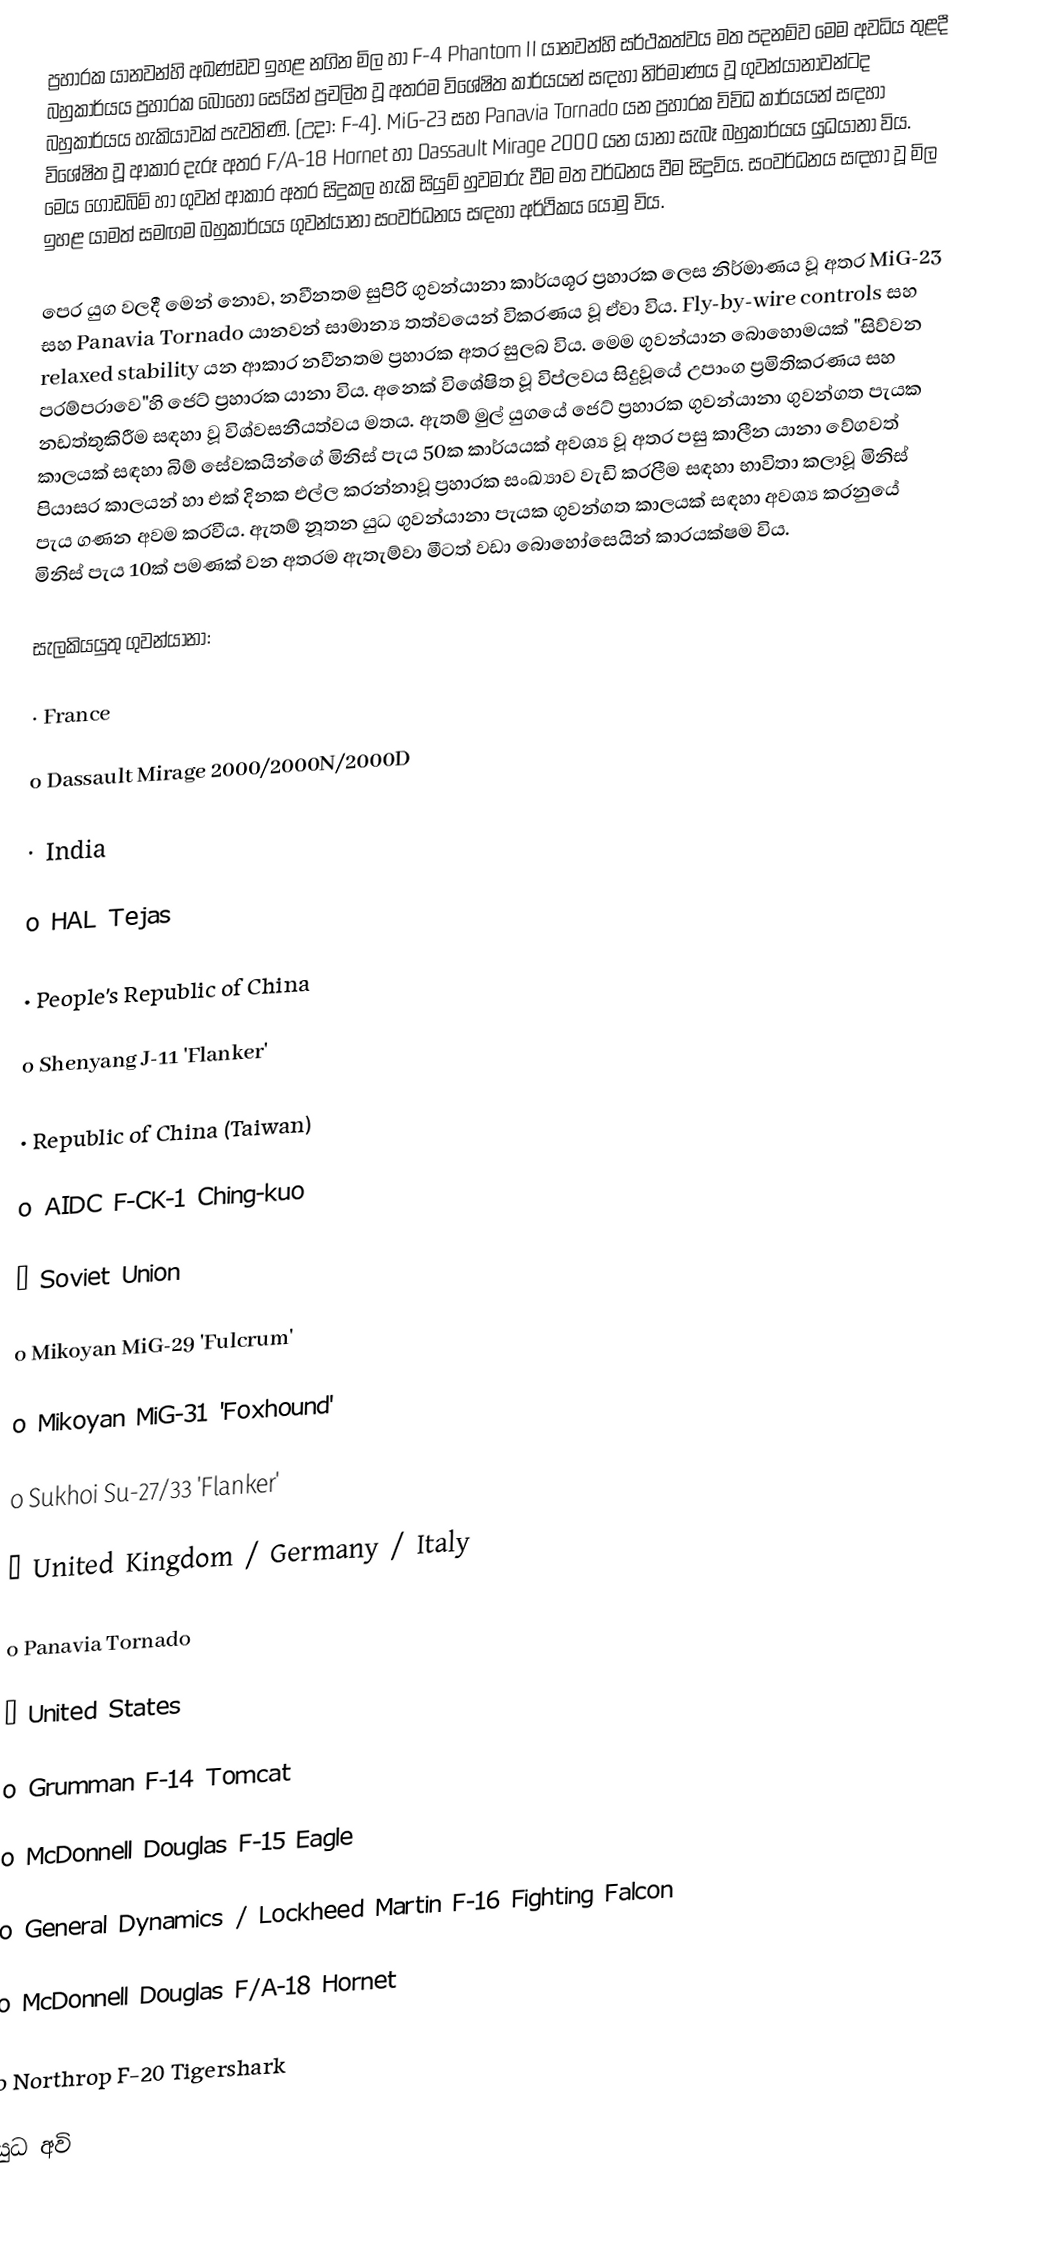
ප්‍රහාරක යානවන්හි අඛණ්ඩව ඉහළ නගින මිල හා F-4 Phantom II යානවන්හි සර්ථකත්වය මත පදනම්ව මෙම අවධිය තුළදී බහුකාර්යය ප්‍රහාරක බොහෝ සෙයින් ප්‍රචලිත වූ අතරම විශේෂිත කාර්යයන් සඳහා නිර්මාණය වූ ගුවන්යානාවන්ටද බහුකාර්යය හැකියාවක් පැවතිණි. (උදා: F-4). MiG-23 සහ Panavia Tornado යන ප්‍රහාරක විවිධ කාර්යයන් සඳහා විශේෂිත වූ ආකාර දැරූ අතර F/A-18 Hornet හා Dassault Mirage 2000 යන යානා සැබෑ බහුකාර්යය යුධයානා විය. මෙය ගොඩබිම් හා ගුවන් ආකාර අතර සිදුකල හැකි සියුම් හුවමාරු වීම මත වර්ධනය වීම සිදුවිය. සංවර්ධනය සඳහා වූ මිල ඉහළ යාමත් සමඟම බහුකාර්යය ගුවන්යානා සංවර්ධනය සඳහා අර්ථිකය යොමු විය.

පෙර යුග වලදී මෙන් නොව, නවීනතම සුපිරි ගුවන්යානා කාර්යශූර ප්‍රහාරක ලෙස නිර්මාණය වූ අතර MiG-23 සහ Panavia Tornado යානවන් සාමාන්‍ය තත්වයෙන් විකරණය වූ ඒවා විය. Fly-by-wire controls සහ relaxed stability යන ආකාර නවීනතම ප්‍රහාරක අතර සුලබ විය. මෙම ගුවන්යාන බොහොමයක් "සිව්වන පරම්පරාවෙ"හි ජෙට් ප්‍රහාරක යානා විය. අනෙක් විශේෂිත වූ විප්ලවය සිදුවූයේ උපාංග ප්‍රමිතිකරණය සහ නඩත්තුකිරීම සඳහා වූ විශ්වසනීයත්වය මතය. ඇතම් මුල් යුගයේ ජෙට් ප්‍රහාරක ගුවන්යානා ගුවන්ගත පැයක කාලයක් සඳහා බිම් සේවකයින්ගේ මිනිස් පැය 50ක කාර්යයක් අවශ්‍ය වූ අතර පසු කාලීන යානා වේගවත් පියාසර කාලයන් හා එක් දිනක එල්ල කරන්නාවූ ප්‍රහාරක සංඛ්‍යාව වැඩි කරලීම සඳහා භාවිතා කලාවූ මිනිස් පැය ගණන අවම කරවීය. ඇතම් නූතන යුධ ගුවන්යානා පැයක ගුවන්ගත කාලයක් සඳහා අවශ්‍ය කරනුයේ මිනිස් පැය 10ක් පමණක් වන අතරම ඇතැම්වා මීටත් වඩා බොහෝසෙයින් කාරයක්ෂම විය.

සැලකිය‍යුතු ගුවන්යානා:

·	France

o	Dassault Mirage 2000/2000N/2000D

·	 India

o	HAL Tejas

·	 People's Republic of China

o	Shenyang J-11 'Flanker'

·	Republic of China (Taiwan)

o	AIDC F-CK-1 Ching-kuo

·	 Soviet Union

o	Mikoyan MiG-29 'Fulcrum'

o	Mikoyan MiG-31 'Foxhound'

o	Sukhoi Su-27/33 'Flanker'

·	 United Kingdom /  Germany /  Italy

o	Panavia Tornado

·	 United States

o	Grumman F-14 Tomcat

o	McDonnell Douglas F-15 Eagle

o	General Dynamics / Lockheed Martin F-16 Fighting Falcon

o	McDonnell Douglas F/A-18 Hornet

o	Northrop F-20 Tigershark

යුධ අවි